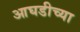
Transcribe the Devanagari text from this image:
आघडीच्या